Scientific memoirs by medical officers of the Army of India - Part VI,
Year: 1891
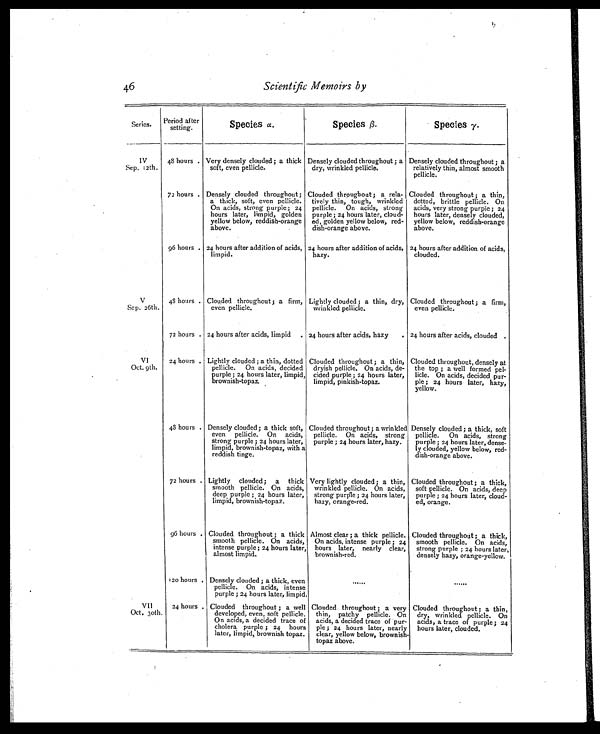
46
Scientific Memoirs by
Series. Period after
setting.
Species α.
Species β.
Species γ.
IV
Sep. 12th.
48 hours. Very densely clouded ; a thick
soft, even pellicle.
Densely clouded throughout ; a
dry, wrinkled pellicle.
Densely clouded throughout ; a
relatively thin, almost smooth
pellicle.
72 hours. Densely clouded throughout;
a thick, soft, even pellicle.
On acids, strong purple ; 24
acids,
hours later, limpid, golden
yellow below, reddish-orange
above.
Clouded throughout ; a rela-
tively thin, tough, wrinkled
On acids, strong
purple ; 24 hours later, cloud-
ed, golden yellow below, red-
dish-orange above.
Clouded throughout ; a thin,
dotted, brittle pellicle. On
acids, very strong purple; 24
hours later, densely clouded,
yellow below, reddish-orange
above.
96 hours . 24 hours after addition of acids,
limpid.
24 hours after addition of acids,
hazy.
24 hours after addition of acids,
clouded.
V
Sep. 26th.
48 hours. Clouded throughout ; a firm,
even pellicle.
Lightly clouded ; a thin, dry,
wrinkled pellicle.
Clouded throughout ; a firm,
even pellicle.
72 hours. 24 hours after acids, limpid. 24 hours after acids, hazy. 24 hours after acids, clouded.
VI
Oct. 9th.
24 hours. Lightly clouded ; a thin, dotted
pellicle. On acids, decided
purple ; 24 hours later, limpid,
brownish-topaz.
Clouded throughout ; a thin,
dryish pellicle. On acids, de-
cided purple ; 24 hours later,
limpid, pinkish-topaz.
Clouded throughout, densely at
the top ; a well formed pel-
licle. On acids, decided pur-
ple ; 24 hours later, hazy,
yellow.
48 hours. Densely clouded ; a thick soft,
even pellicle. On acids,
strong purple; 24 hours later,
limpid, brownish-topaz, with a
reddish tinge.
Clouded throughout ; a wrinkled
pellicle. On acids, strong
purple ; 24 hours later, hazy.
Densely clouded ; a thick, soft
pellicle. On acids, strong
purple; 24 hours later, dense-
ly clouded, yellow below, red-
dish-orange above.
72 hours. Lightly clouded; a thick
smooth pellicle. On acids,
deep purple ; 24 hours later,
limpid, brownish-topaz.
Very lightly clouded; a thin,
wrinkled pellicle. On acids,
strong purple ; 24 hours later,
hazy, orange-red.
Clouded throughout ; a thick,
soft pellicle. On acids, deep
purple ; 24 hours later, cloud-
ed, orange.
96 hours . Clouded throughout ; a thick
smooth pellicle. On acids,
intense purple; 24 hours later,
almost limpid.
Almost clear ; a thick pellicle.
On acids, intense purple ; 24
hours later, nearly clear,
brownish-red.
Clouded throughout ; a thick,
smooth pellicle. On acids,
strong purple ; 24 hours later,
densely hazy, orange-yellow.
120 hours. Densely clouded ; a thick, even
pellicle. On acids, intense
purple ; 24 hours later, limpid.
......
......
VII
Oct. 30th.
24 hours. Clouded throughout ; a well
developed, even, soft pellicle.
On acids, a decided trace of
cholera purple ; 24 hours
later, limpid, brownish topaz.
Clouded throughout ; a very
thin, patchy pellicle. On
acids, a decided trace of pur-
ple ; 24 hours later, nearly
clear, yellow below, brownish
topaz above.
Clouded throughout ; a thin,
dry, wrinkled pellicle. On
acids, a trace of purple ; 24
hours later, clouded.